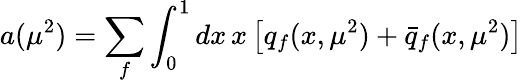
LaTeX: a(\mu^{2})=\sum_{f}\int_{0}^{1}dx\, x\left[q_{f}(x,\mu^{2})+\bar{q}_{f}(x,\mu^{2})\right]